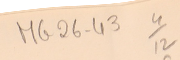
MG26-43   4/12